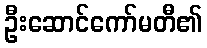
ဦးဆောင်ကော်မတီ၏